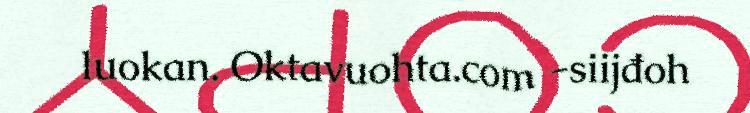
luokan. Oktavuohta.com -siijđoh